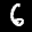
Label: 6